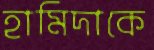
হামিদাকে